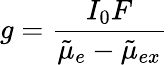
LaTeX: g=\frac{I_{0}F}{\tilde{\mu}_{e}-\tilde{\mu}_{ex}}